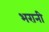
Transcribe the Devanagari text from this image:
भरानी